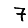
Digit: 7